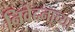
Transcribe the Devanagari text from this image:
निवेदनाच्या